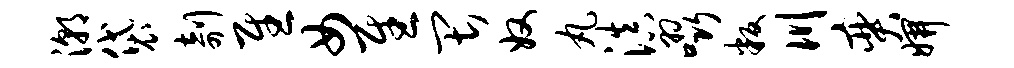
潮袋剞慰女慰畏奴丸滇啜叛川奕妍